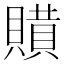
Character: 𧷻